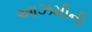
આઝમીની